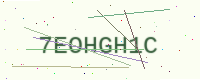
Text: 7EOHGH1C